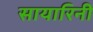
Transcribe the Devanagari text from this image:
सायारिनी